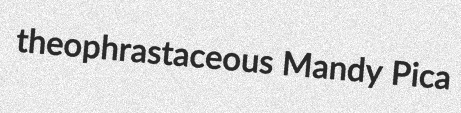
theophrastaceous Mandy Pica